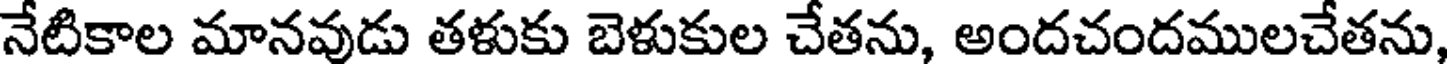
నేటికాల మానవుడు తళుకు బెళుకుల చేతను, అందచందములచేతను,